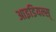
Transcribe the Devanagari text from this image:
आइडियल्स्‌